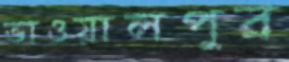
ভাওয়ালপুর